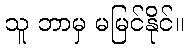
သူ ဘာမှ မမြင်နိုင်။